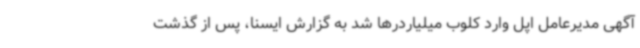
آگهی مدیرعامل اپل وارد کلوب میلیاردرها شد به گزارش ایسنا، پس از گذشت